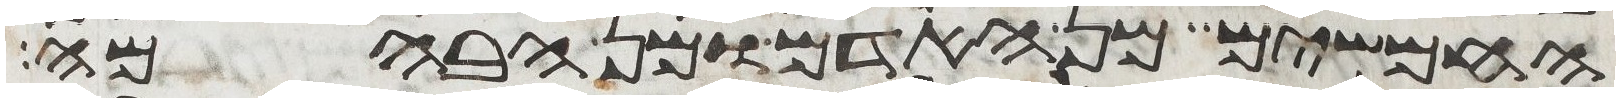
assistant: החמשים מן האדם ומן הבהמה